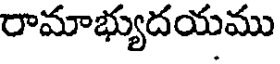
రామాభ్యుదయము